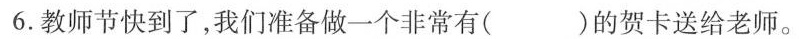
6.教师节快到了，我们准备做一个非常有（ ）的贺卡送给老师。